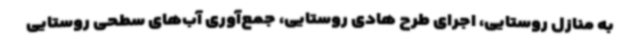
به منازل روستایی، اجرای طرح هادی روستایی، جمع‌آوری آب‌های سطحی روستایی